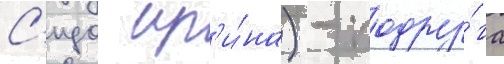
С'идо ир'и́на) - подру́га